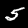
Digit: 5